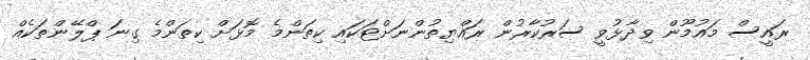
ރައީސް މައުމޫން ވިދާޅުވީ ސަރުކާރުން ރައްޔިތުންނަށްޓަކައި ކިތަންމެ މޮޅަށް ކިތަންމެ ގިނަ ޕްލޭންތަކެއް